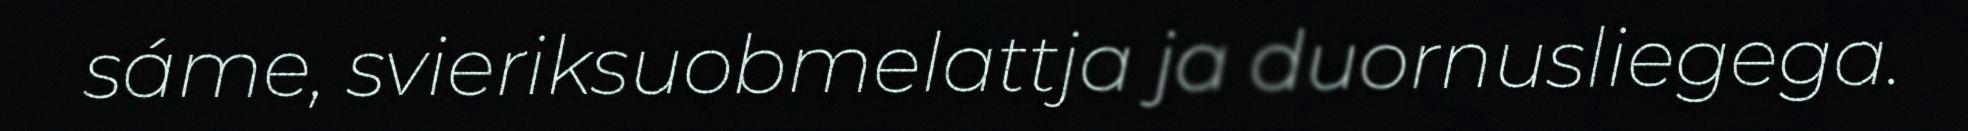
sáme, svieriksuobmelattja ja duornusliegega.